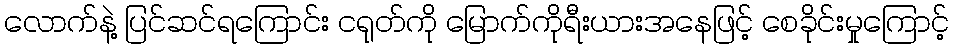
လောက်နဲ့ ပြင်ဆင်ရကြောင်း ငရုတ်ကို မြောက်ကိုရီးယားအနေဖြင့် စေခိုင်းမှုကြောင့်